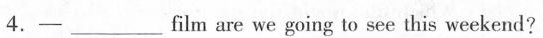
4.- ___film are we going to see this weekend?